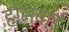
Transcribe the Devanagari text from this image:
होमवार्ड